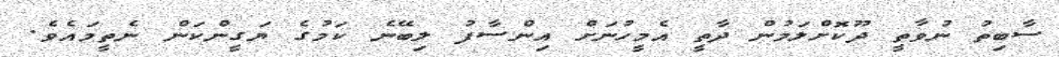
ސާބިތު ނުވާތީ ދޫކޮށްލަމުން ދާތީ އެމީހުނަށް އިންސާފު ލިބޭނެ ކަމުގެ ޔަގީންކަން ނެތީމައެވެ.